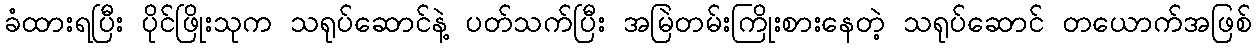
ခံထားရပြီး ပိုင်ဖြိုးသုက သရုပ်ဆောင်နဲ့ ပတ်သက်ပြီး အမြဲတမ်းကြိုးစားနေတဲ့ သရုပ်ဆောင် တယောက်အဖြစ်